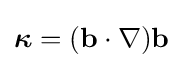
{\boldsymbol {\kappa }}=(\mathbf {b} \cdot \nabla )\mathbf {b}